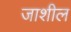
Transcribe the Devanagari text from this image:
जाशील